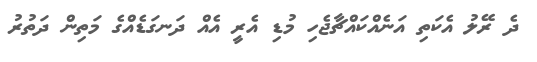
ދެ ރޭލު އެކަތި އަނެއްކައްޗާޖެހި މުޑި އެރީ އެއް ދަނގަޑެއްގެ މަތިން ދަތުރު